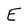
Character: E